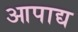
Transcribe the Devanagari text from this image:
आपाद्य